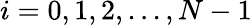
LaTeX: i=0,1,2,...,N-1